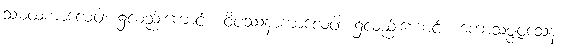
သမထကာလေဝါ၊ ၌လည်းကောင်း။ ဝိပဿနာကာလေဝါ၊ ၌လည်းကောင်း။ ကောသဇ္ဇဝသေန၊